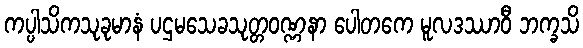
ကပ္ပါသိကသုခုမာနံ ပဌမသေခသုတ္တဝဏ္ဏနာ ပေါတကေ မူလဒဿာဝီ ဘက္ခသိ